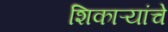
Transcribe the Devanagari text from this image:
शिकाऱ्यांचे